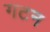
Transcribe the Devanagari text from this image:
गटन